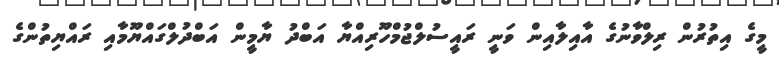
މީގެ އިތުރުން ރިލްވާނުގެ އާއިލާއިން ވަނީ ރައީސުލްޖުމްހޫރިއްޔާ އަބްދު ޔާމީން އަބްދުލްގައްޔޫމާއި ރައްޔިތުންގެ